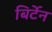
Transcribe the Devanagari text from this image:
बिर्टेन